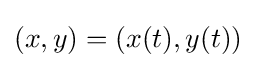
(x,y)=(x(t),y(t))